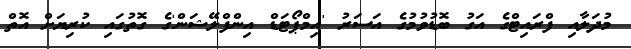
މުދަލާއި ފްރައިޓްގެ އަގު ބޮޑުވުމުގެ އަސަރު 'އިމްޕޯޓަޑް އިންފްލޭޝަން'ގެ ގޮތުގައި ކުރިޔަށް އޮތް